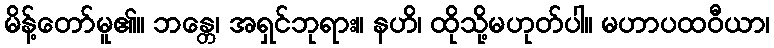
မိန့်တော်မူ၏။ ဘန္တေ၊ အရှင်ဘုရား။ နဟိ၊ ထိုသို့မဟုတ်ပါ။ မဟာပထဝီယာ၊